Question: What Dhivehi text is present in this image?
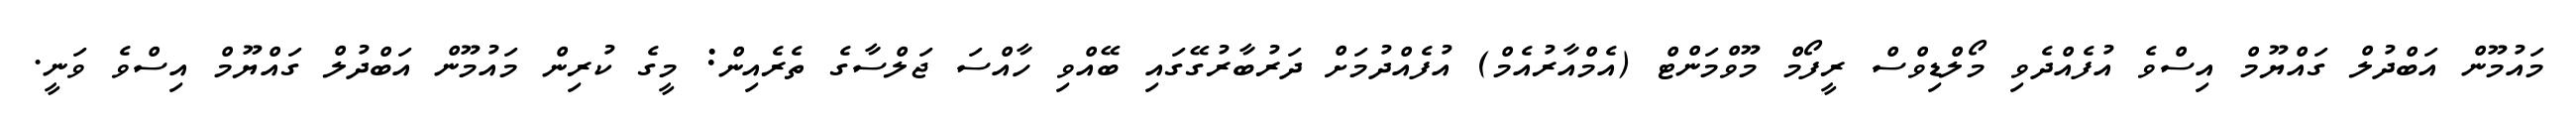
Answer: މައުމޫން އަބްދުލް ގައްޔޫމް އިސްވެ އުފެއްދެވި މޯލްޑިވްސް ރީފޯމް މޫވްމަންޓް (އެމްއާރުއެމް) އުފެއްދުމަށް ދަރުބާރުގޭގައި ބޭއްވި ހާއްސަ ޖަލްސާގެ ތެރެއިން: މީގެ ކުރިން މައުމޫން އަބްދުލް ގައްޔޫމް އިސްވެ ވަނީ.